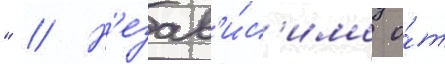
" // Н'езав'и́с'имо о́т